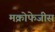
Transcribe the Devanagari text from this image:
मक्रोफेजीस